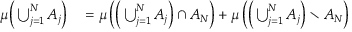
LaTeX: \begin{array} { r l } { \mu { \Big ( } \bigcup _ { j = 1 } ^ { N } A _ { j } { \Big ) } } & { { } = \mu \left( { \Big ( } \bigcup _ { j = 1 } ^ { N } A _ { j } { \Big ) } \cap A _ { N } \right) + \mu \left( { \Big ( } \bigcup _ { j = 1 } ^ { N } A _ { j } { \Big ) } \smallsetminus A _ { N } \right) } \end{array}